Punjab Mental Hospital Lahore 1932-46 - 1932-1946
Year: 1932
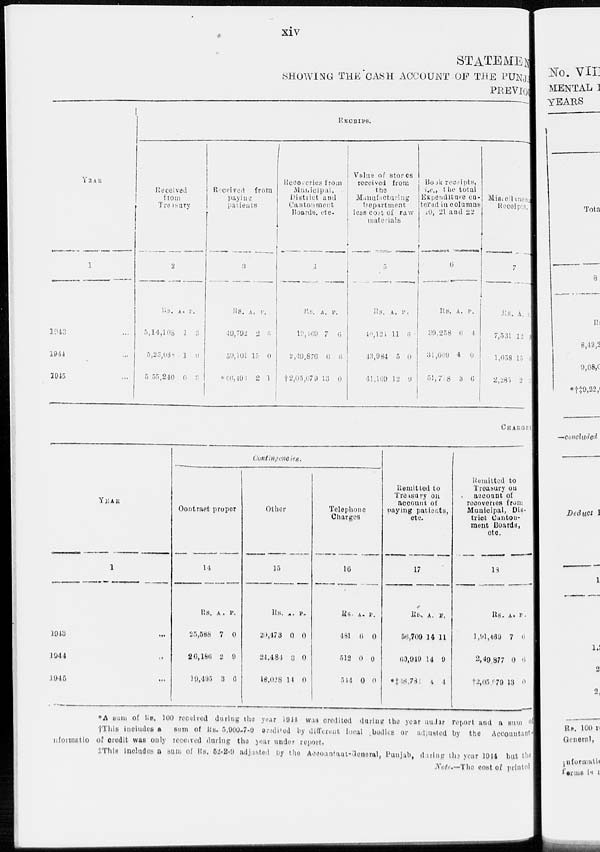
xiv
STATEMENT
SHOWING THE CASH ACCOUNT OF THE PUNJAB
PREVIOUS
YEAR
1
1943 ...
1944 ..
1945 ...
RECEIPTS.
Received
from
Treasury
2
Rs.
5,14,108
5,23,038
5.55,240
A.
1
1
0
P.
3
0
3
Received from
paying
patients
3
Rs.
40,792
50,101
*66,495
A.
15
2
P.
5
0
1
Recoveries from
Municipal,
District and
Cantonment
Boards, etc.
4
Rs.
19,169
2,49,876
†2,05,079
A.
7
6
13
P.
6
6
0
Value of stores
received from
the
Manufacturing
Department
less cost of raw
materials
5
Rs.
40,121
43,984
41,169
A.
11
5
12
P.
6
0
9
Book receipts,
i.e., the total
Expenditure en-
tered in columns
20, 21 and 22
6
Rs.
89,258
31,009
51,718
A.
6
4
3
P.
4
0
6
Miscellneous
Receipts.
7
Rs.
7,531
1,058
2,285
A.
12
15
2
P.
9
6
3
CHARGES
YEAR
1
1943 ...
1944 ...
1045 ...
Contingencies.
Contract proper
14
Rs,
25,588
26,186
19,495
A.
7
2
3
P.
0
9
6
Other
15
Rs.
20,478
24,484
18,028
A.
0
3
14
P.
0
0
0
Telephone
Charges
16
Rs.
481
513
544
A.
0
0
0
P.
0
0
0
Remitted to
Treasury on
account of
paying patients,
etc.
17
Rs.
56,709
60,949
*‡68,781
A.
14
14
4
P.
11
9
4
Remitted to
Treasury ou
account of
recoveries from
Municipal, Dis-
trict Canton-
ment Boards,
etc.
19
Rs.
1,91,469
2,49,877
†2,05,079
A.
7
0
13
P.
6
6
0
*A sum of Rs. 100 received during the year 1914 was credited during the year undar report and a sum of
†This includes a sum of Rs. 5.000-7-0 credited by different local bodies or adjusted by the Accountant.
informatio of credit was only received daring the year under report.
‡This includes a sum of Rs. 52-8-9 adjusted by the Accountant-General, Punjab, during the year 1014 but the
Note.—The cost of printed